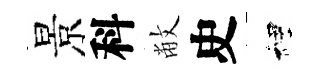
景科敝史裡